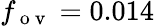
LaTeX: f_{\mathrm{~o~v~}}=0.014